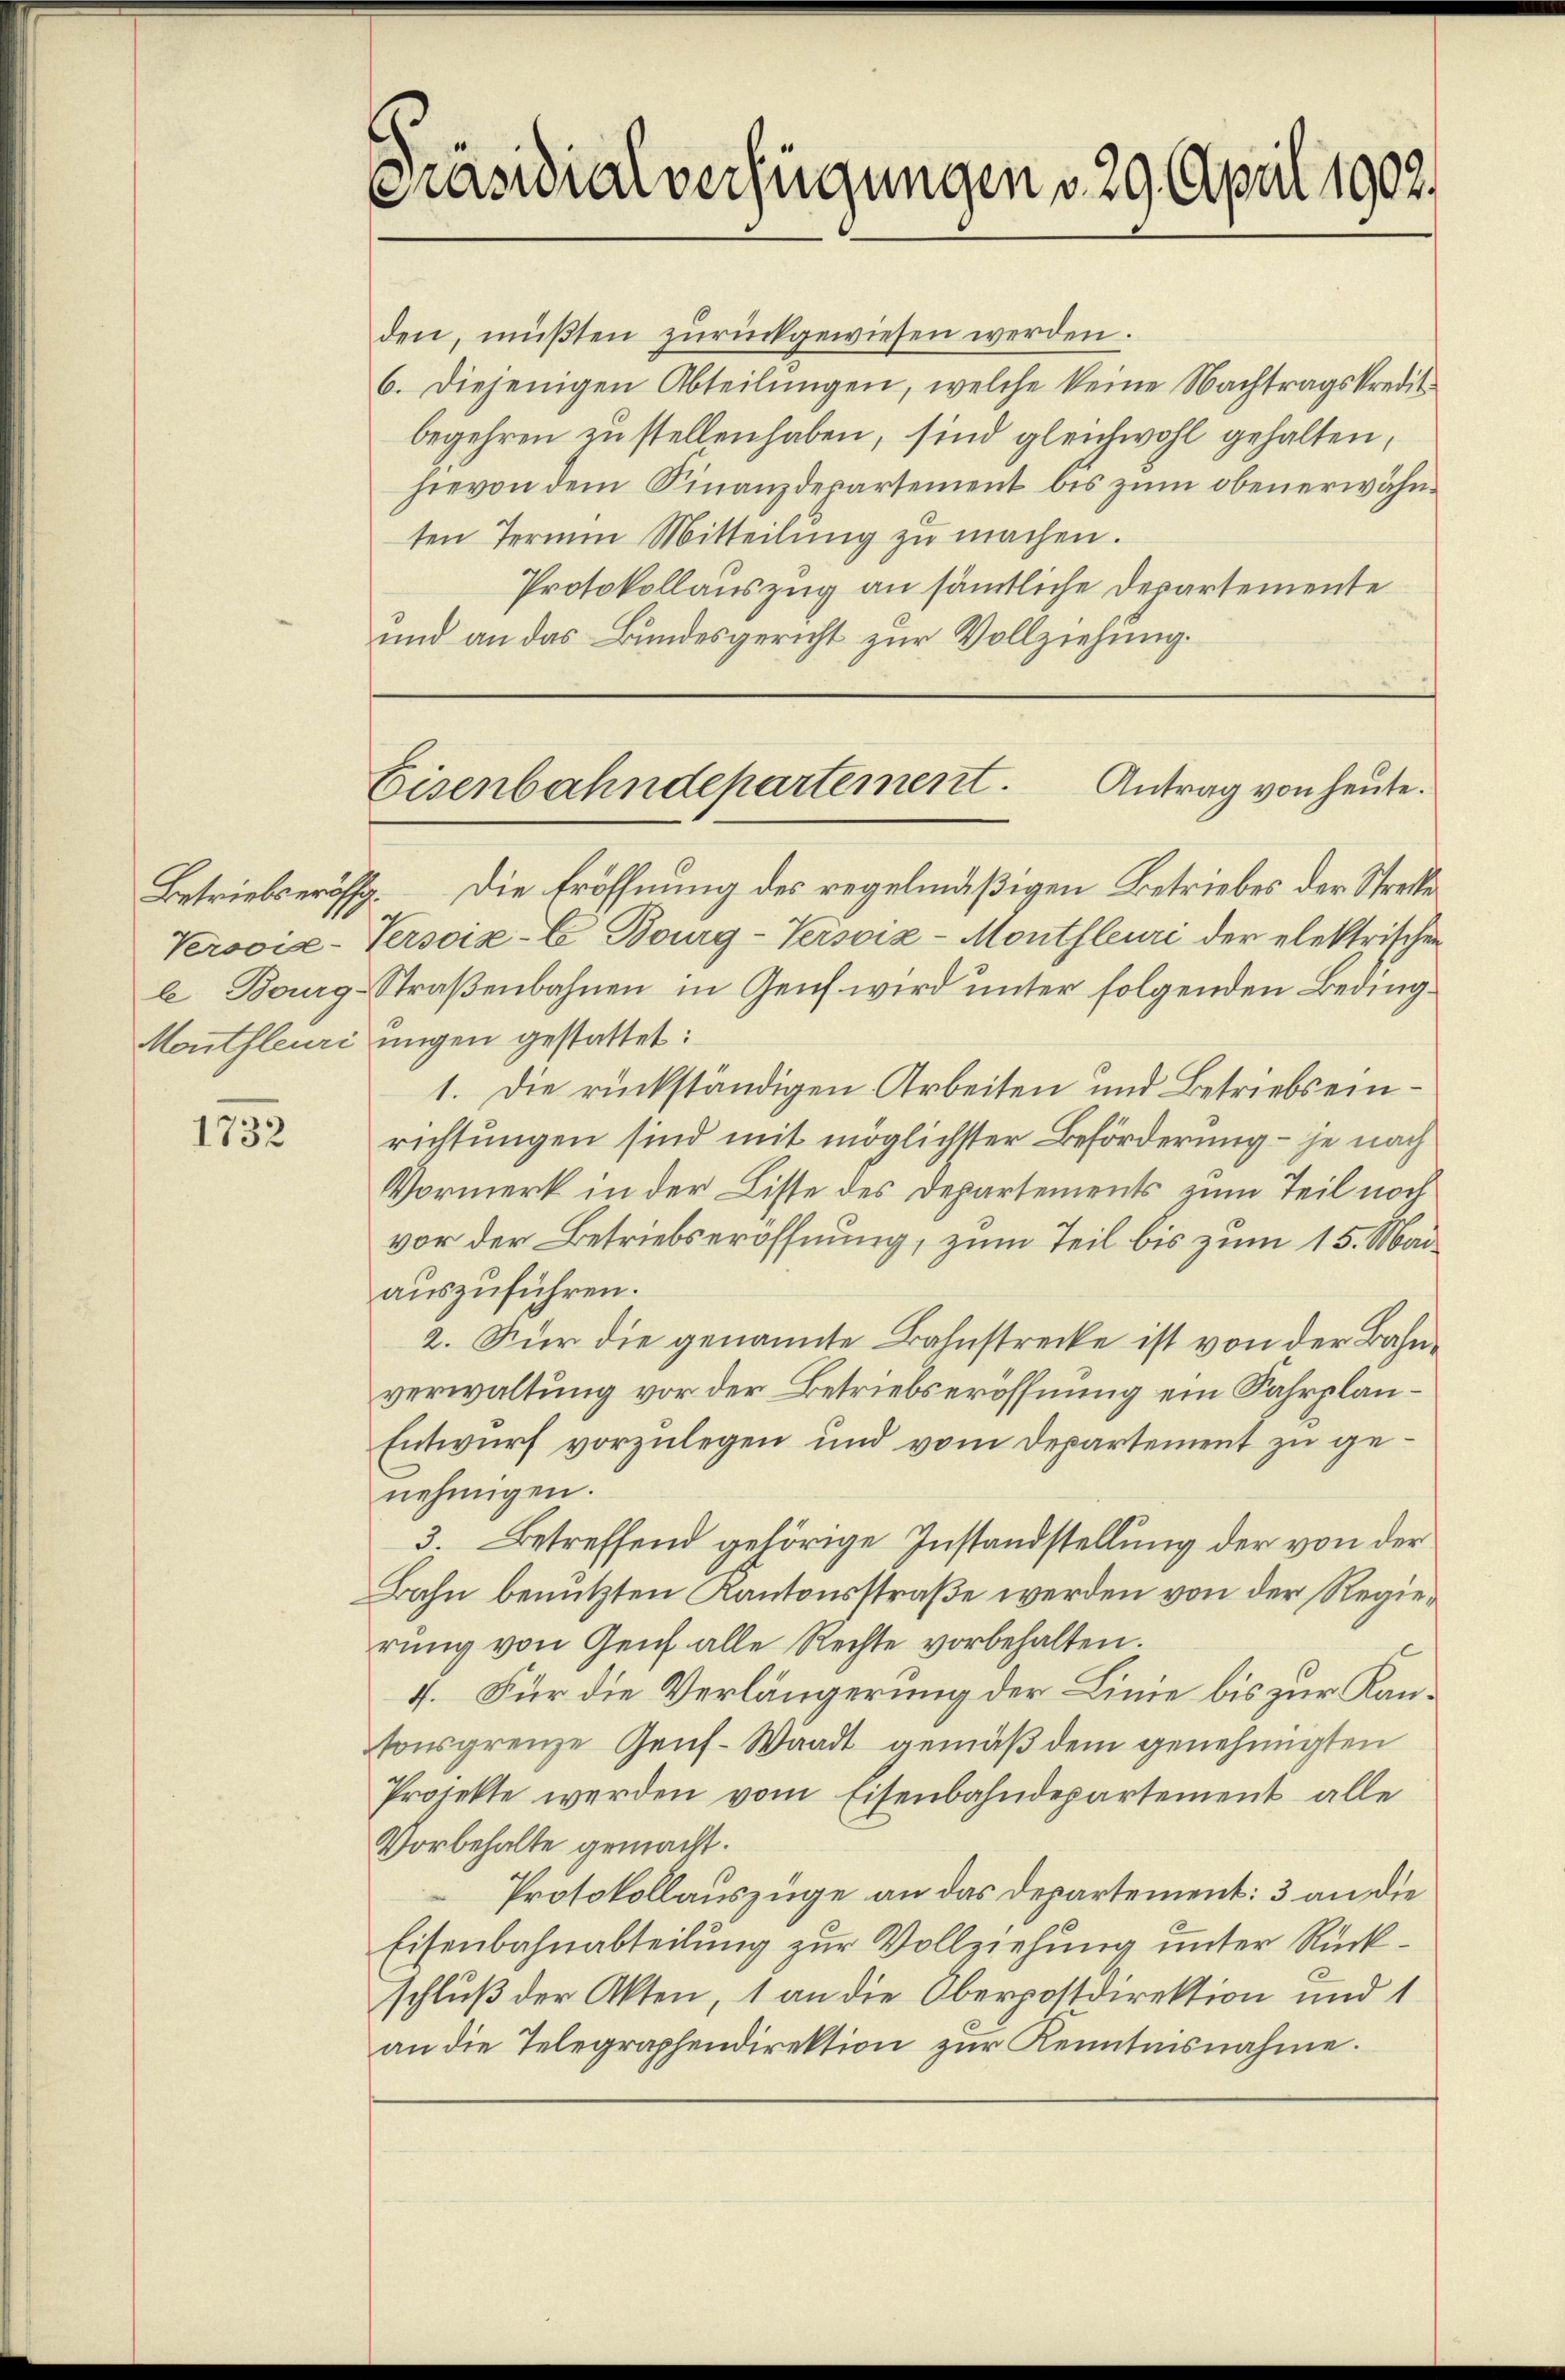
1732

Präsidialverfügungen v. 29. April 1902.

den, müßten zurückgewiesen werden.
6. diejenigen Abteilŭngen, welche keine Nachtragskredit
begehren zu stellen haben, sind gleichwohl gehalten,
hievon dem Finanzdepartement bis zum obenerwähnten Termin Mitteilung zu machen.
Protokollauszug an sämtliche Departemente
und an das Bundesgericht zur Vollziehung.

Antrag von heute.
Eisenbahndepartement.

Betriebseröff. Die Eröffnung des regelmäßigen Betriebes der Streite
Versois-Versoix-C. Bourg-Versoiz - Montsleuri der elektrischen
b Bourg-Straßenbahnen in Genf wird unter folgenden Beding¬
Montfleuri ungen gestattet:
1. Die rückständigen Arbeiten und Betriebs einrichtungen sind mit möglichster Beförderung – je nach
Vormerk in der Lisse des Departements zum Teil noch
vor der Betriebseröffnung, zum Teil bis zum 15. Mai
auszuführen.
2. Für die genannte Bahnstrecke ist von der Bahnverwaltung vor der Betriebseröffnung ein Fahrplan¬
Entwurf vorzulegen und vom Departement zu genehmigen.
3. Betreffend gehörige Instandstellung der von der
Bahn benutzten Kantonsstraße werden von der Regierŭng von Genf alle Rechte vorbehalten.
4. Für die Verlängerung der Linie bis zur Kantonsgrenze Genf. Waadt gemäß dem genehmigten
Projekte werden vom Eisenbahndepartement alle
Vorbehalte gemacht.
Protokollauszüge an das Departement: 3 an die
Eisenbahnabteilung zur Vollziehung unter Rückschluß der Akten, 1 an die Oberpostdirektion und 1
an die Telegraphendirektion zur Kenntnisnahme.